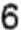
6